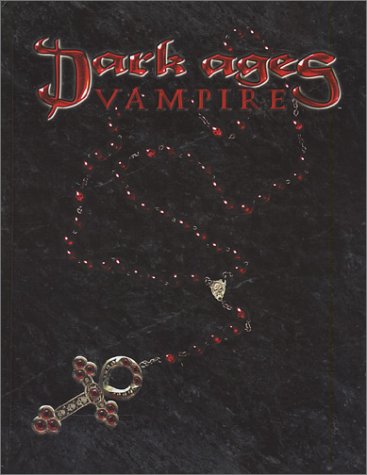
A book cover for Dark Ages Vampire (Vampire: The Dark Ages); White Wolf Staff; Science Fiction & Fantasy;